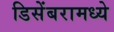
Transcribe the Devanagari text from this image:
डिसेंबरामध्ये